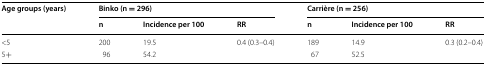
<table><thead><tr><td rowspan="2"><b>Age groups (years)</b></td><td colspan="3"><b>Binko (n = 296)</b></td><td colspan="3"><b>Carrière (n = 256)</b></td></tr><tr><td><b>n</b></td><td><b>Incidence per 100</b></td><td><b>RR</b></td><td><b>n</b></td><td><b>Incidence per 100</b></td><td><b>RR</b></td></tr></thead><tbody><tr><td>&lt;5</td><td>200</td><td>19.5</td><td rowspan="2">0.4 (0.3–0.4)</td><td>189</td><td>14.9</td><td rowspan="2">0.3 (0.2–0.4)</td></tr><tr><td>5+</td><td>96</td><td>54.2</td><td>67</td><td>52.5</td></tr></tbody></table>